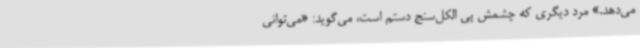
می‌دهد.» مرد دیگری که چشمش پی الکل‌سنج دستم است، می‌گوید: «می‌توانی